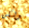
ولكن